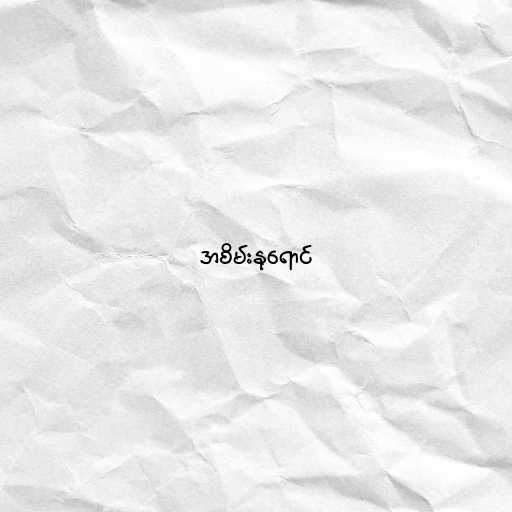
အစိမ်းနုရောင်